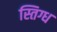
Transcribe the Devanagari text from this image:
स्तिग्ध